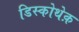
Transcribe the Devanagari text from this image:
डिस्कोथेक़